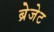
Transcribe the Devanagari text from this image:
ब्रेजेट